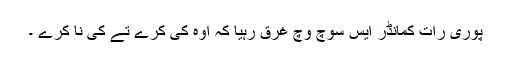
پوری رات کمانڈر ایس سوچ وچ غرق رہیا کہ اوہ کی کرے تے کی نا کرے ۔